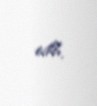
edib.